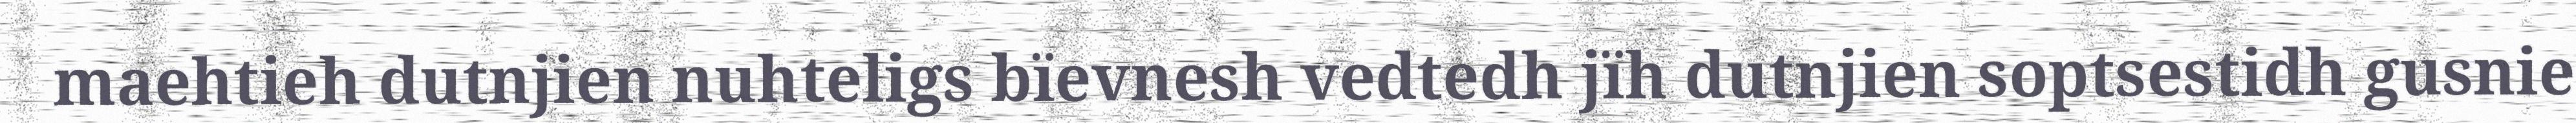
maehtieh dutnjien nuhteligs bïevnesh vedtedh jïh dutnjien soptsestidh gusnie